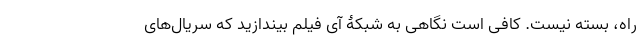
راه، بسته نیست. کافی است نگاهی به شبکۀ آی فیلم بیندازید که سریال‌های